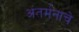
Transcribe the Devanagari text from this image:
अंतर्मनाचे